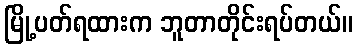
မြို့ပတ်ရထားက ဘူတာတိုင်းရပ်တယ်။